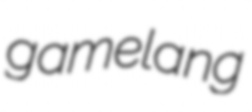
gamelang